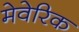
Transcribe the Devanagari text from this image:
मेवेरिक